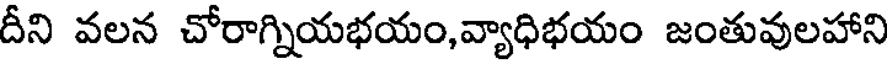
దీని వలన చోరాగ్నియభయం,వ్యాధిభయం జంతువులహాని